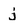
Character: j